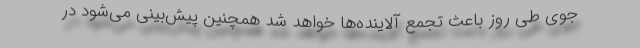
جوی طی روز باعث تجمع آلاینده‌ها خواهد شد همچنین پیش‌بینی می‌شود در